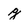
Character: g